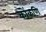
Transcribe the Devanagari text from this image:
कॊंकणि